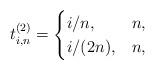
LaTeX: \begin{align*}t_{i,n}^{(2)}=\begin{cases}i/n , &n ,\\ i/(2n),& n ,\end{cases}\end{align*}